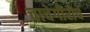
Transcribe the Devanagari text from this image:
चाचेगीरीचे